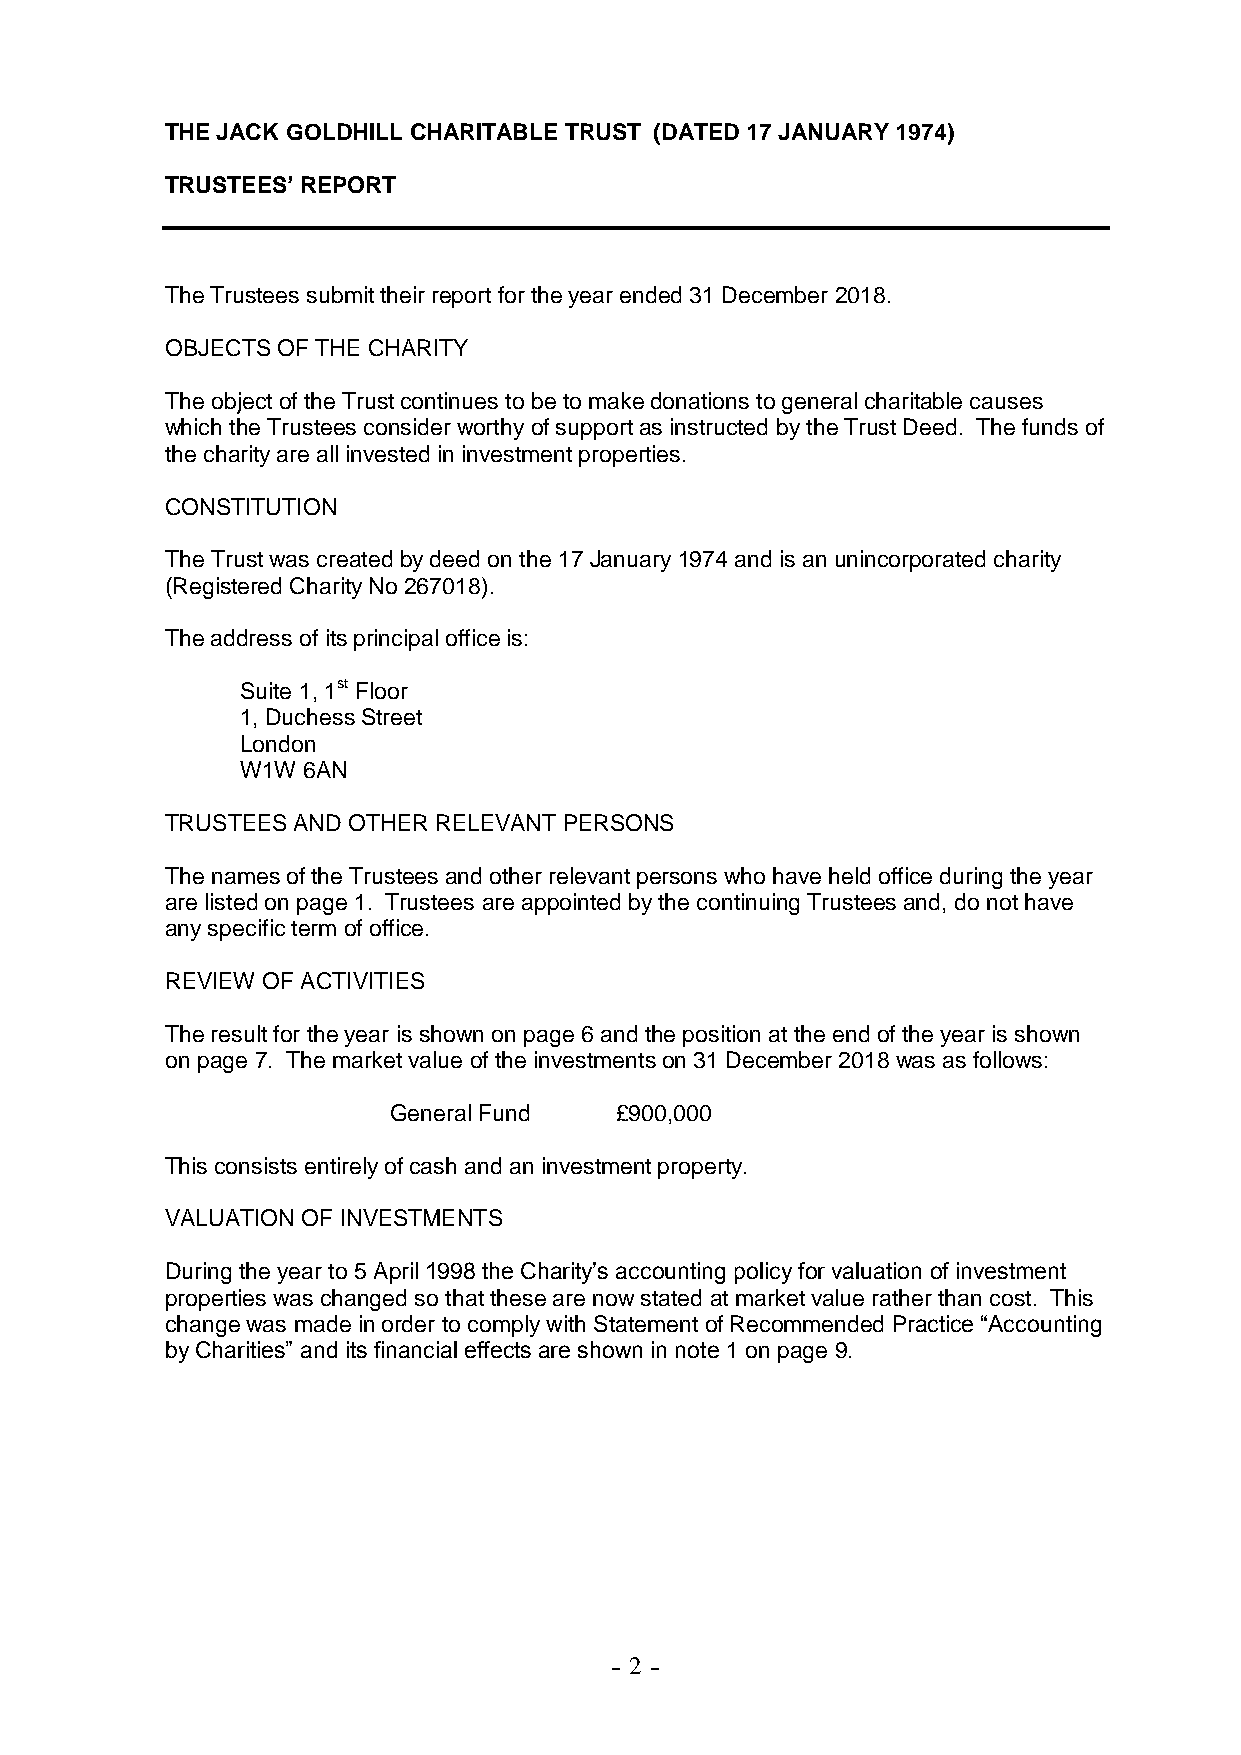
THE JACK GOLDHILL CHARITABLE TRUST (DATED 17 JANUARY 1974)
 TRUSTEES’ REPORT
 The Trustees submit their report for the year ended 31 December 2018.
 OBJECTS OF THE CHARITY
 The object of the Trust continues to be to make donations to general charitable causes
 which the Trustees consider worthy of support as instructed by the Trust Deed. The funds of
 the charity are all invested in investment properties.
 CONSTITUTION
 The Trust was created by deed on the 17 January 1974 and is an unincorporated charity
 (Registered Charity No 267018).
 The address of its principal office is:
 Suite 1, 1st Floor
 1, Duchess Street
 London
 W1W 6AN
 TRUSTEES AND OTHER RELEVANT PERSONS
 The names of the Trustees and other relevant persons who have held office during the year
 are listed on page 1. Trustees are appointed by the continuing Trustees and, do not have
 any specific term of office.
 REVIEW OF ACTIVITIES
 The result for the year is shown on page 6 and the position at the end of the year is shown
 on page 7. The market value of the investments on 31 December 2018 was as follows:
 General Fund   £900,000
 This consists entirely of cash and an investment property.
 VALUATION OF INVESTMENTS
 During the year to 5 April 1998 the Charity’s accounting policy for valuation of investment
 properties was changed so that these are now stated at market value rather than cost. This
 change was made in order to comply with Statement of Recommended Practice “Accounting
 by Charities” and its financial effects are shown in note 1 on page 9.
 - 2 -